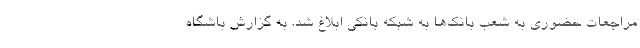
مراجعات حضوری به شعب بانک‌ها به شبکه بانکی ابلاغ شد. به گزارش باشگاه